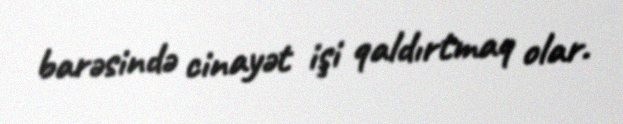
barəsində cinayət işi qaldırtmaq olar.